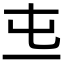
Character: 𠀏